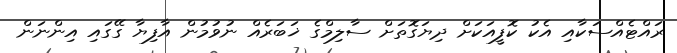
ރައްޓެއްސަކާއި އެކު ކޮފީއަކަށް ދިޔަގޮތަށް ސާލިމްގެ ޚަބަރެއް ނުވުމުން އާފިޔާ ގޭގައި އިންނަން